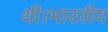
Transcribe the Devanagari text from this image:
थी।भारतीय